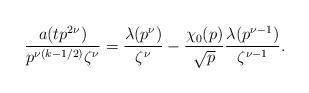
LaTeX: \begin{align*}\dfrac{a(tp^{2\nu})}{p^{\nu(k-1/2)}\zeta^\nu}=\dfrac{\lambda(p^\nu)}{\zeta^\nu}-\frac{\chi_{0}(p)}{\sqrt{p}}\dfrac{\lambda(p^{\nu-1})}{\zeta^{\nu-1}}.\end{align*}